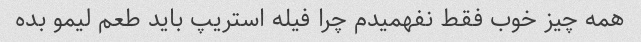
همه چیز خوب فقط نفهمیدم چرا فیله استریپ باید طعم لیمو بده